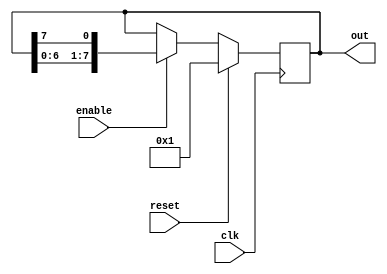
module onehot (
out        ,  
enable     ,  
clk        , 
reset         
);
output [7:0] out;
input enable, clk, reset;
reg [7:0] out;  
always @ (posedge clk)
if (reset) begin
  out <= 8'b0000_0001 ;
end else if (enable) begin
  out <= {out[6],out[5],out[4],out[3],
          out[2],out[1],out[0],out[7]};
       end
endmodule